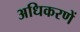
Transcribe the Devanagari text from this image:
अधिकरणें